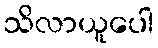
သိလာယူပေါ